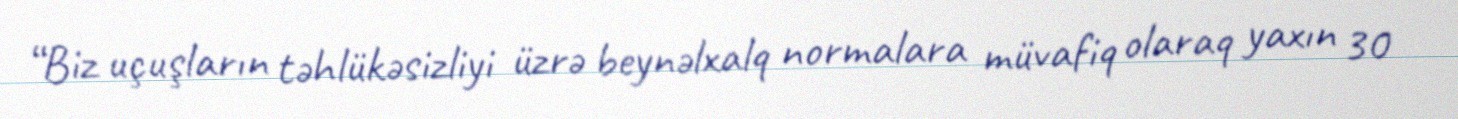
“Biz uçuşların təhlükəsizliyi üzrə beynəlxalq normalara müvafiq olaraq yaxın 30